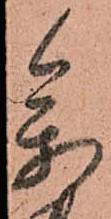
參